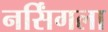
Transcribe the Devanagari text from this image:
नर्सिंगला